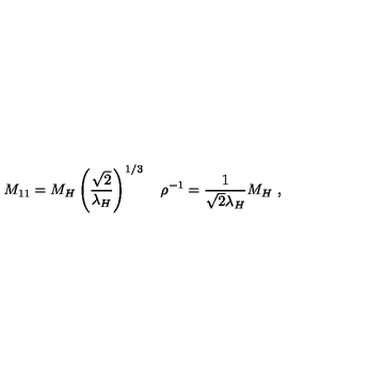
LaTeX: M _ { 1 1 } = M _ { H } \left( { \frac { \sqrt { 2 } } { \lambda _ { H } } } \right) ^ { 1 / 3 } \quad \rho ^ { - 1 } = { \frac { 1 } { \sqrt { 2 } \lambda _ { H } } } M _ { H } \ ,